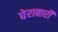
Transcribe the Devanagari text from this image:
घेराबारी